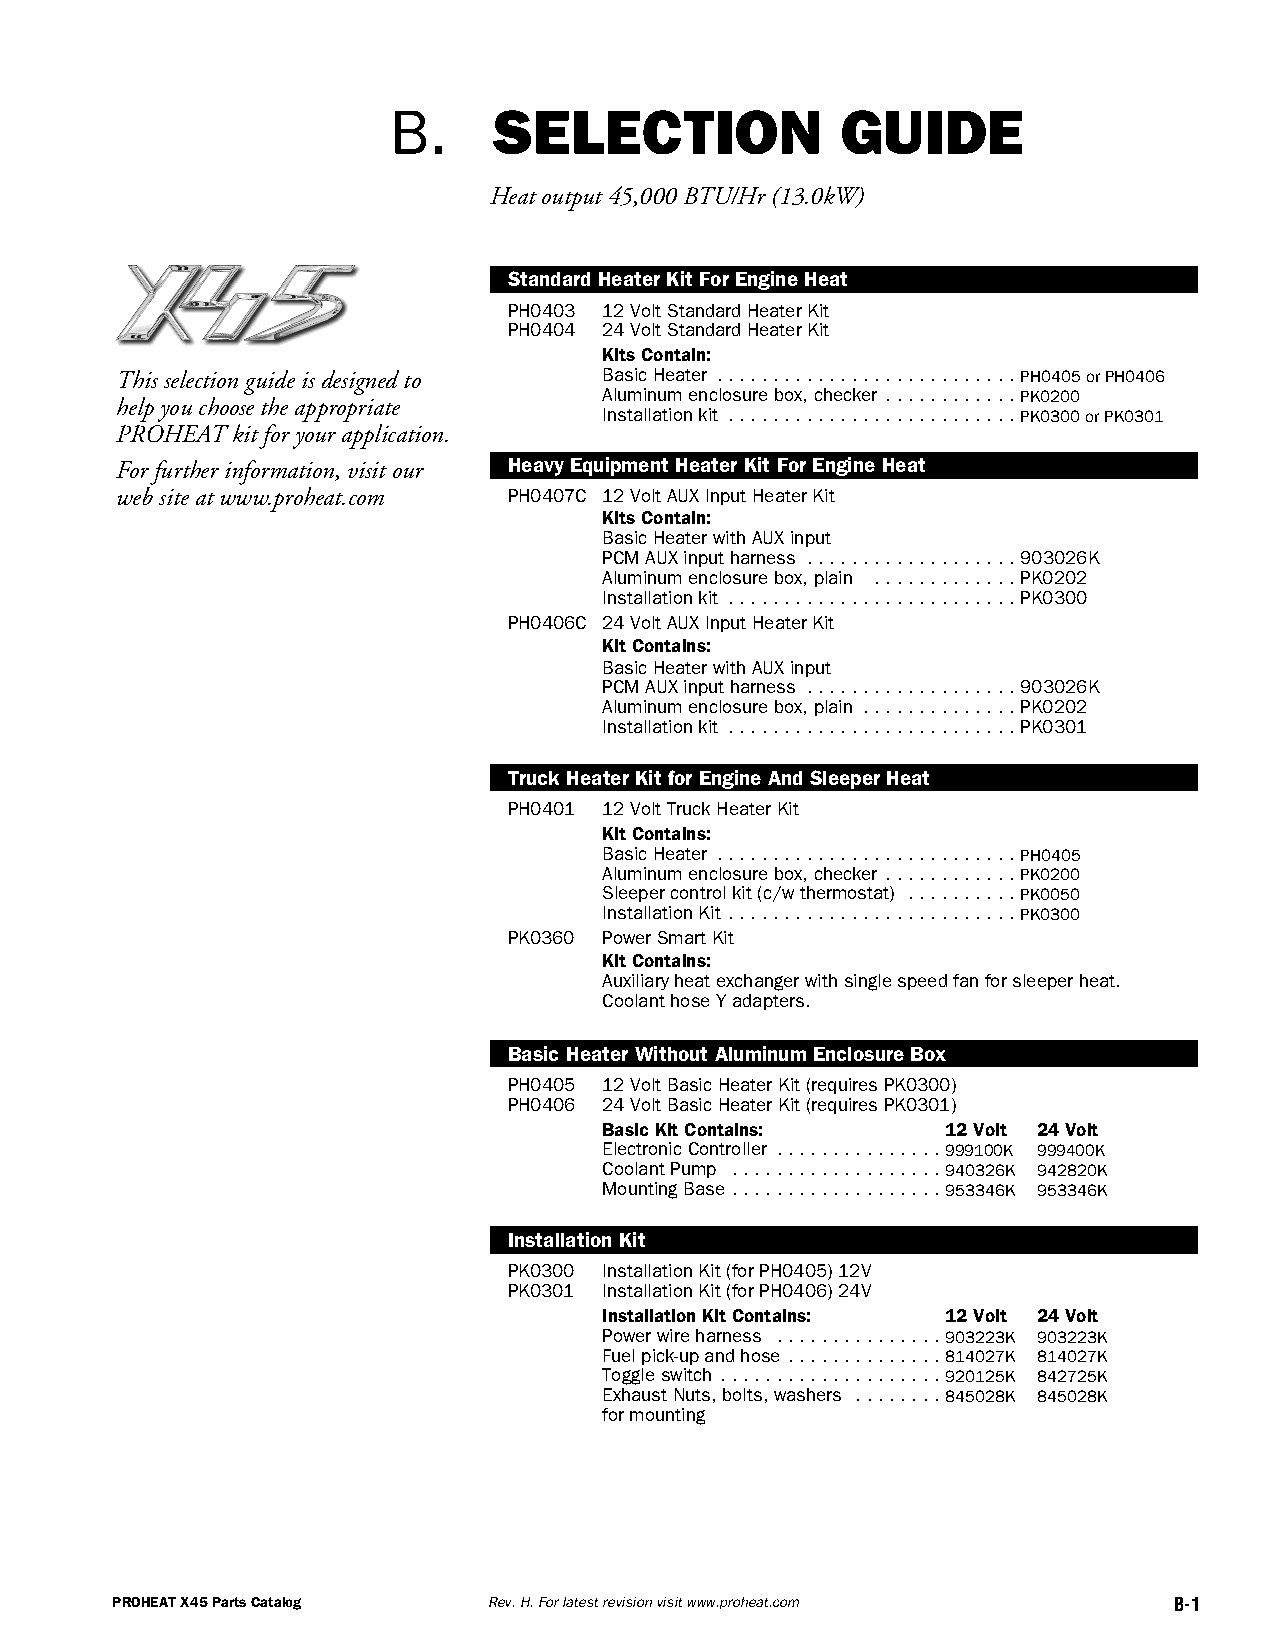
B.     SELECTION              GUIDE
 Heatoutput45,000BTU/Hr(13.0kW)
 StandardHeaterKitForEngineHeat
 PH0403 12VoltStandardHeaterKit
 PH0404 24VoltStandardHeaterKit
 KitsContain:
 Thisselectionguideisdesignedto
 BasicHeater ...........................PH0405orPH0406
 Aluminumenclosurebox,checker ............PK0200
 helpyouchoosetheappropriate     Installationkit ..........................PK0300orPK0301
 PROHEATkitforyourapplication.
 HeavyEquipmentHeaterKitForEngineHeat
 Forfurtherinformation,visitour
 websiteatwww.proheat.com  PH0407C 12VoltAUXInputHeaterKit
 KitsContain:
 BasicHeaterwithAUXinput
 PCMAUXinputharness ...................903026K
 Aluminumenclosurebox,plain .............PK0202
 Installationkit ..........................PK0300
 PH0406C 24VoltAUXInputHeaterKit
 KitContains:
 BasicHeaterwithAUXinput
 PCMAUXinputharness ...................903026K
 Aluminumenclosurebox,plain ..............PK0202
 Installationkit ..........................PK0301
 TruckHeaterKitforEngineAndSleeperHeat
 PH0401 12VoltTruckHeaterKit
 KitContains:
 BasicHeater ...........................PH0405
 Aluminumenclosurebox,checker ............PK0200
 Sleepercontrolkit(c/wthermostat) ..........PK0050
 InstallationKit ..........................PK0300
 PK0360 PowerSmartKit
 KitContains:
 Auxiliaryheatexchangerwithsinglespeedfanforsleeperheat.
 CoolanthoseYadapters.
 BasicHeaterWithoutAluminumEnclosureBox
 PH0405 12VoltBasicHeaterKit(requiresPK0300)
 PH0406 24VoltBasicHeaterKit(requiresPK0301)
 BasicKitContains:      12Volt 24Volt
 ElectronicController ...............999100K 999400K
 CoolantPump ...................940326K 942820K
 MountingBase ...................953346K 953346K
 InstallationKit
 PK0300 InstallationKit(forPH0405)12V
 PK0301 InstallationKit(forPH0406)24V
 InstallationKitContains: 12Volt 24Volt
 Powerwireharness ...............903223K 903223K
 Fuelpick-upandhose ..............814027K 814027K
 Toggleswitch ....................920125K 842725K
 ExhaustNuts,bolts,washers ........845028K 845028K
 formounting
 PROHEATX45PartsCatalog   Rev.H.Forlatestrevisionvisitwww.proheat.com   B-1